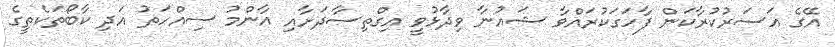
އޭގެ އަސަރުކުރާކަން ފާހަގަކުރައްވާ ޝައުނާ ވިދާޅުވީ އިގްތިސާދަށާއި އާންމު ސިއްހަތު އަދި ކާބޯތަކެތީގެ